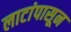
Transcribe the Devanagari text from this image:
लाटांपासून